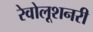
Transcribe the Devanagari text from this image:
रेवोलूशनरी